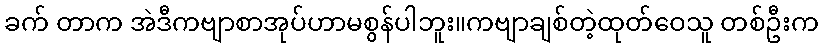
ခက် တာက အဲဒီကဗျာစာအုပ်ဟာမစွန်ပါဘူး။ကဗျာချစ်တဲ့ထုတ်ဝေသူ တစ်ဦးက